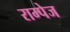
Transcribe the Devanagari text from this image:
राम्पेज